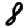
Digit: 8